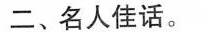
二、名人佳话。